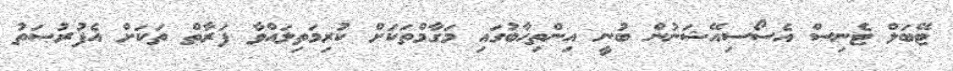
ޓޭބަލް ޓެނިސް އެސޯސިއޭޝަނުން ބުނީ އިންތިހާބުގައި މަގާމްތަކަށް ކުރިމަތިލައްވާ ފަރާތް ތަކަށް އެފުރުޞަތު